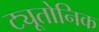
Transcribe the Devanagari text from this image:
ट्यूतोनिक